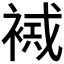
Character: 𧛠